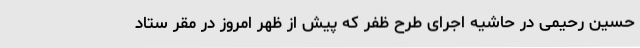
حسین رحیمی در حاشیه اجرای طرح ظفر که پیش از ظهر امروز در مقر ستاد